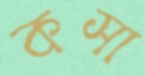
কসা